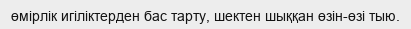
өмірлік игіліктерден бас тарту, шектен шыққан өзін-өзі тыю.